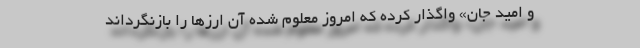
و امید جان» واگذار کرده که امروز معلوم شده آن ارزها را بازنگرداند